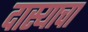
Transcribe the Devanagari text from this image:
दास्याचा